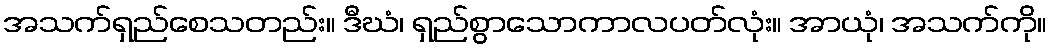
အသက်ရှည်စေသတည်း။ ဒီဃံ၊ ရှည်စွာသောကာလပတ်လုံး။ အာယုံ၊ အသက်ကို။